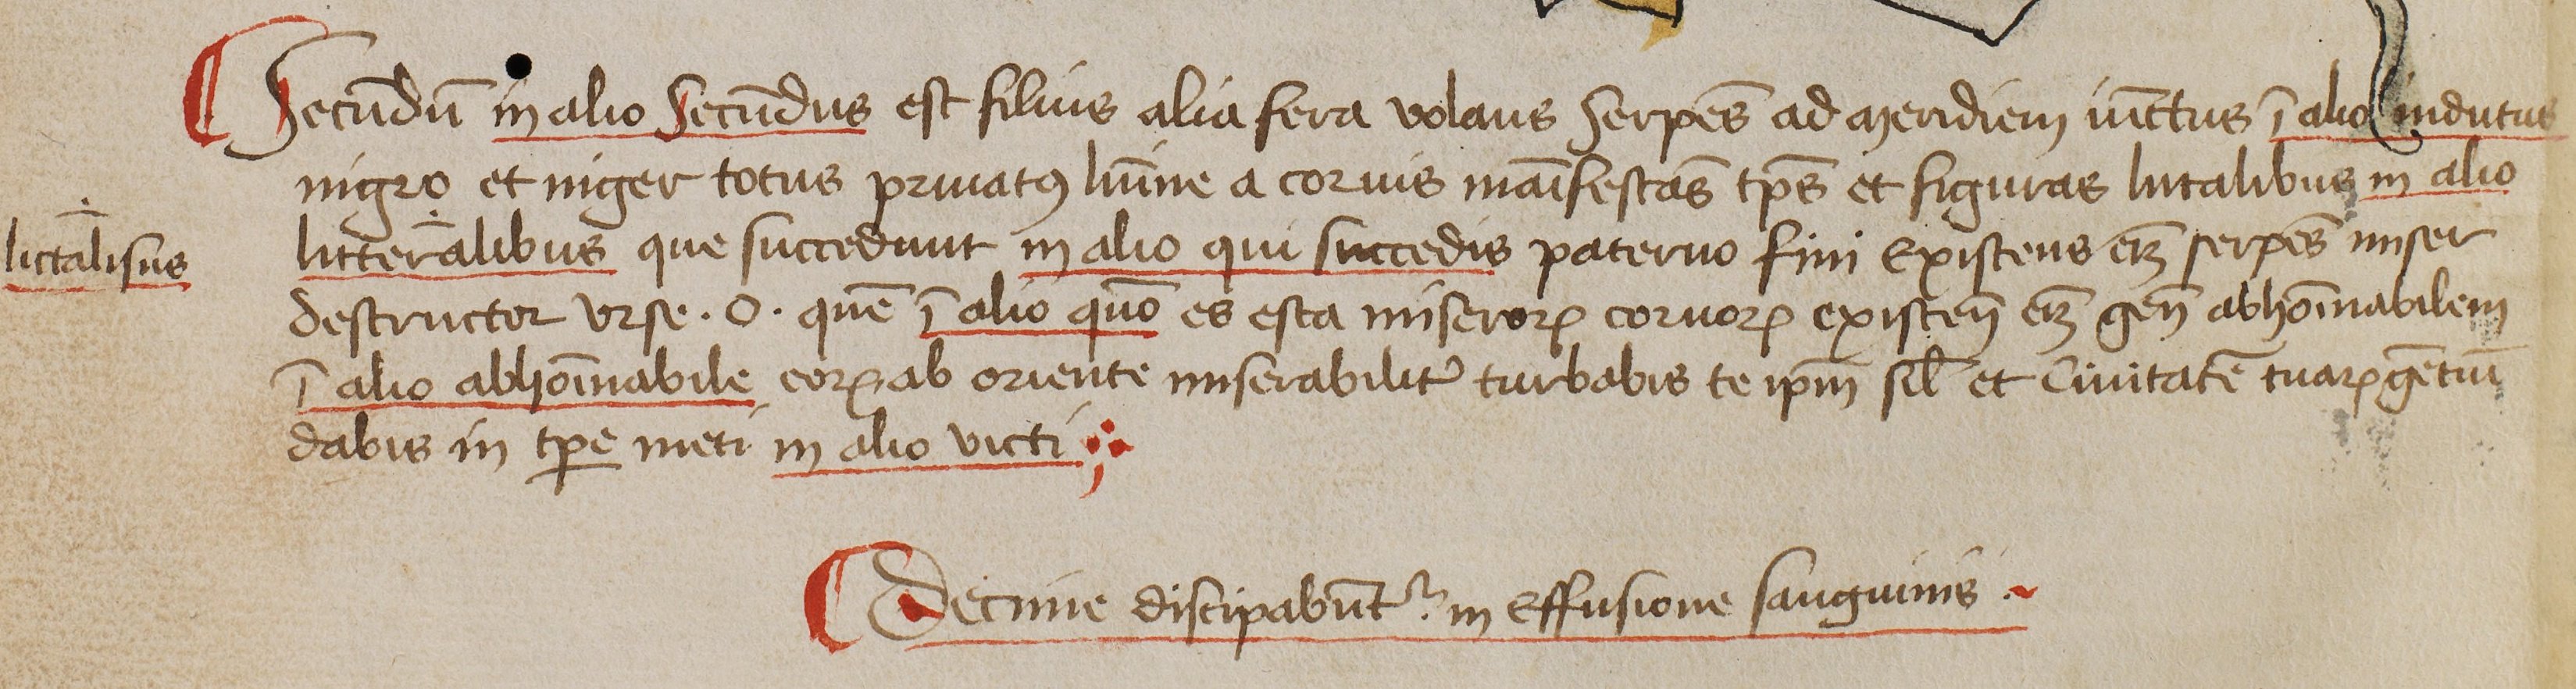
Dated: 1444–1449